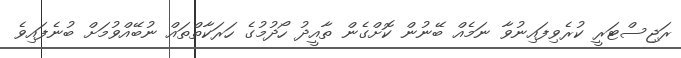
ރަޖިސްޓަރީ ކުރެވިފައިނުވާ ނަމެއް ބޭނުން ކޮށްގެން ތާއީދު ހޯދުމުގެ ހަރަކާތްތައް ނުބޭއްވުމަށް ބުނެފައިވެ